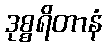
ဒုစ္စရိတာနံ